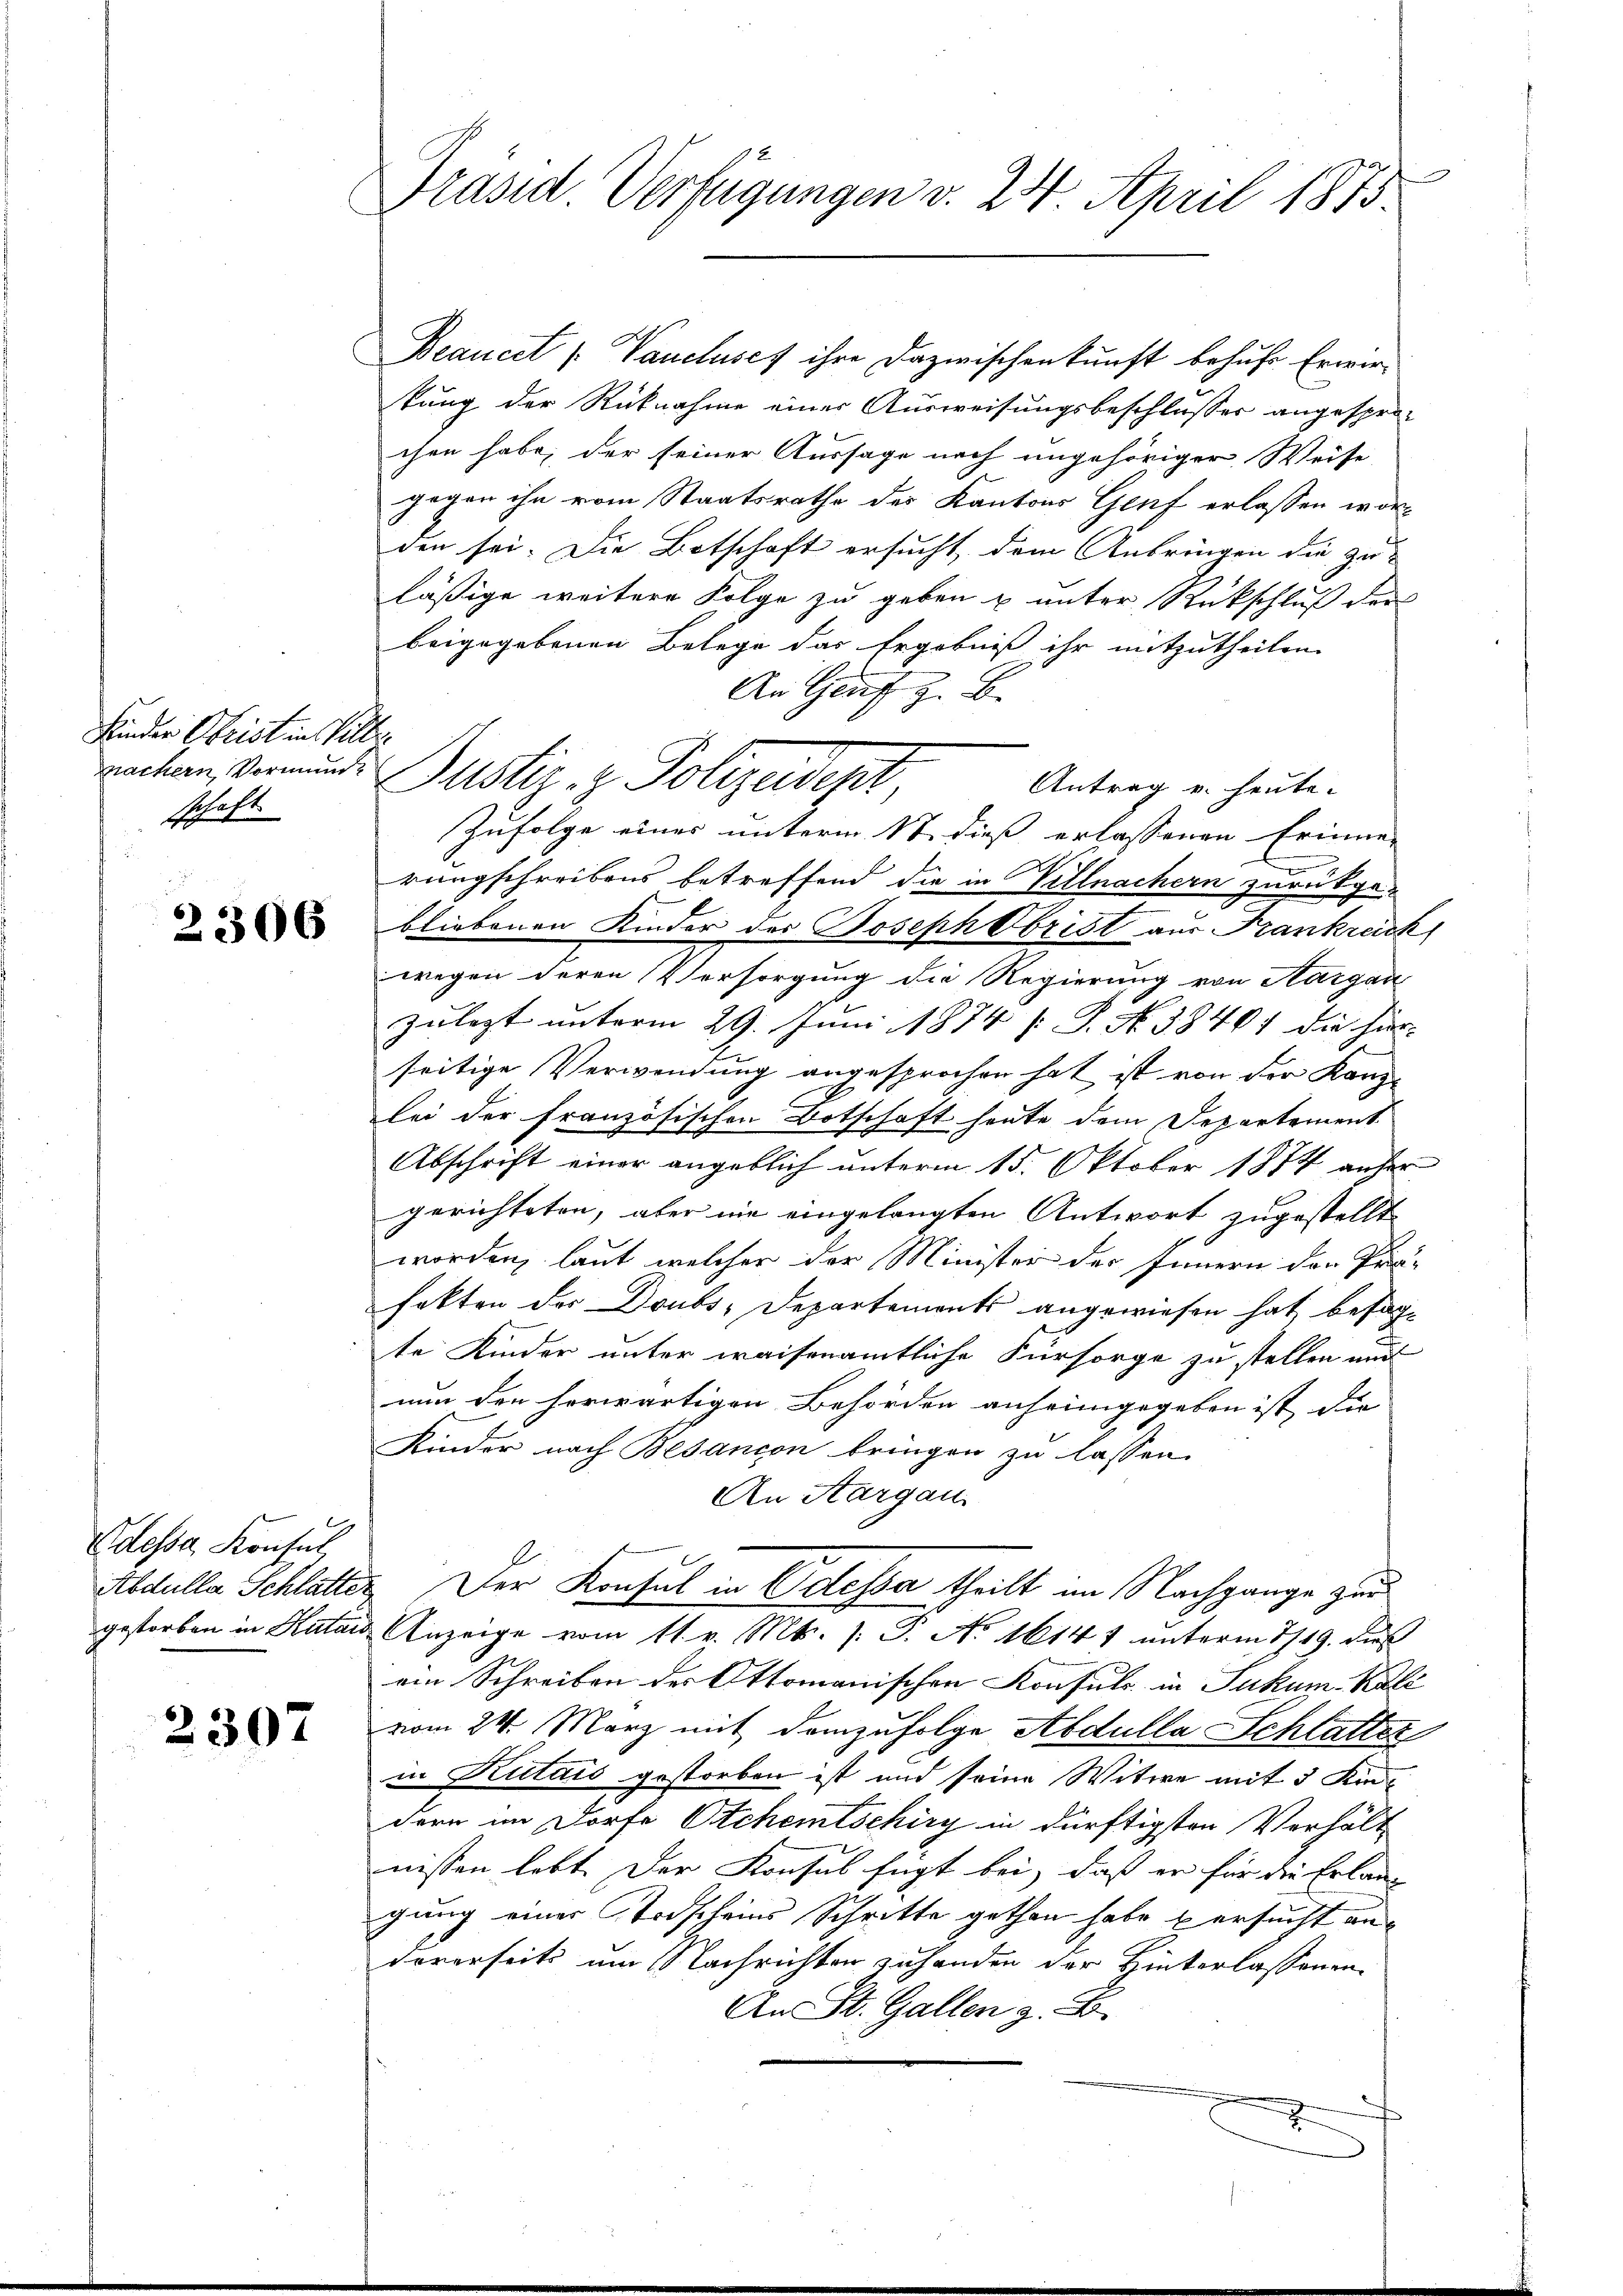
Kinder Obrist in Sitter
schaft

2306

Odessa Konsul,
Abdulla Schlatte.

2307

Präsid. Verfügungen v. 24. April 1875.

Beaucet [Vaucluses ihre Dazwischenkunft behufe Erwir-
kung der Rücknahme einer Ausweisungsbeschlusser angespro-
chen habe, der seiner Aussage nach ungehöriger Weise
gegen ihn vom Staatsrathe des Kantons Genf erlassen wor-
den sei. Die Botschaft ersucht, dem Anbringen die zu-
läßige weitere Folge zu geben u unter Rückschluß der
beigegebenen Belege das Ergebniß ihr mitzutheilen.
An Genf z. B.
Antrag u. heute.
Zufolge eines unterm 17. dieß erlassenen Erinner
n
rungschreibens betreffend die in Villnachern zurückge-
bliebenen Kinder der Joseph Obrist aus Frankreich
wegen deren Versorgung die Regierung von Aargau
zulegt unterm 29. Juni 1874 [ P. Nr. 38401 die hier-
seitige Verwendung angesprochen hat ist von der Kanz-
lei der französischen Botschaft heute dem Departement
Abschrift einer angeblich unterm 15. Oktober 1874 anher
gerichteten, aber nie eingelangten Antwort zugestellt
worden, laut welcher der Minister der Innern den Prä-
fakten der Doubs-Departements angewiesen hat besagte Kinder unter waisenamtliche Fürsorge zu stellen und
nun den herwärtigen Behörden anheimgegeben ist die |
Kinder nach Besancon bringen zu lassen.
An Aargau
.
2. Der Konsul in Odessa theilt im Nachgange zur
gestorben in Katar Anzeige vom 11. v. Mts. /: P. No 1614 1 unterm 1719. dies
ein Schreiben der Ottomanischen Konsuls in Pukum-Kale
vom 24. März mit demzufolge Abdulla Schlatter
in Kutais gestorben ist und seine Witwe mit 3 Kin
dern im Dorfe Otchentschiry in dürftigsten Verhält
nissen lebt. Der Konsul fügt bei, daß er für die Erlaugung einer Todscheins Schritte gethan habe u ersucht andorerseits um Nachrichten zuhanden der Hinterlassenen
An St. Gallen z. B.

rechen vermunde Justiz, z. Polizeidept